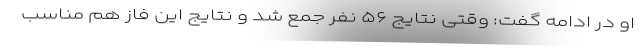
او در ادامه گفت: وقتی نتایج ۵۶ نفر جمع شد و نتایج این فاز هم مناسب